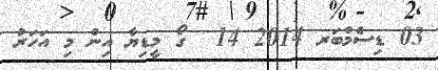
03 ޑިސެމްބަރ 2014 14  ގޯ މީޑިޔާ އިން މި އަހަރު